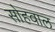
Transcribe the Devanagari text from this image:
सोहवाल